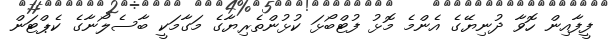
ފީފާއިން ހޮވާ ދުނިޔޭގެ އެންމެ މޮޅު ފުޓްބޯޅަ ކުޅުންތެރިޔާގެ މަގާމަކީ ބާސެލޯނާގެ ކެޕްޓަން